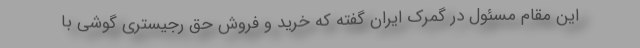
این مقام مسئول در گمرک ایران گفته که خرید و فروش حق رجیستری گوشی با